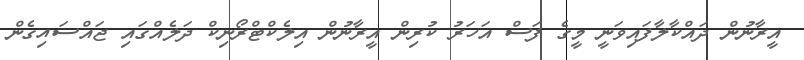
އީރާނުން ދައްކާލާފައިވަނީ މީގެ ފަސް އަހަރު ކުރިން އީރާނުން އިލެކްޓްރޯނިކް ދަލެއްގައި ޖައްސައިގެން